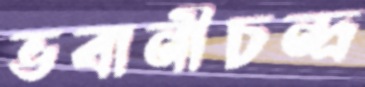
ভবানীচন্দ্র